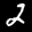
Label: 2